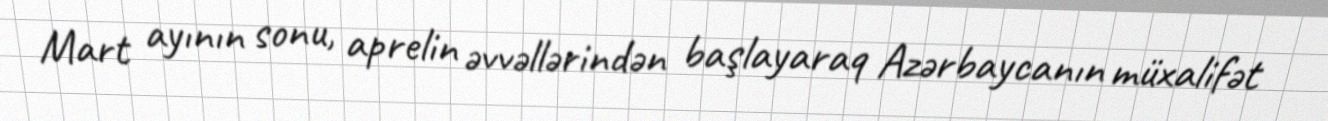
Mart ayının sonu, aprelin əvvəllərindən başlayaraq Azərbaycanın müxalifət